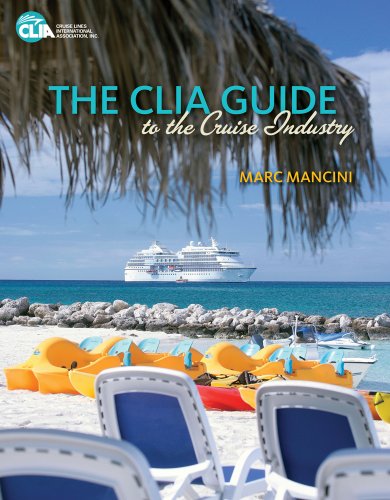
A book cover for The CLIA Guide to the Cruise Industry; Marc Mancini; Travel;